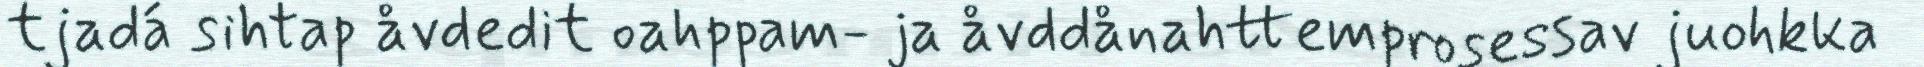
tjadá sihtap åvdedit oahppam- ja åvddånahttemprosessav juohkka